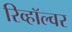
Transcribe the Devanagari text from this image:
रिव्हॉल्वर